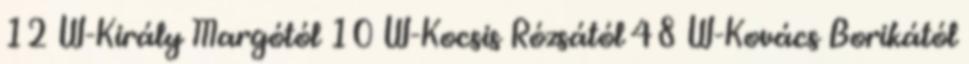
12 W-Király Margótól 10 W-Kocsis Rózsától 48 W-Kovács Borikától